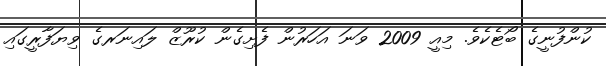
ކުންފުނީގެ ބޯޓެކެވެ. މިއީ 2009 ވަނަ އަހަރުން ފެށިގެން ކުރޫޒް ލައިނަރގެ ވިޔަފާރީގައި